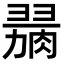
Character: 𦞋